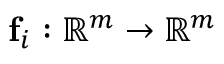
\mathbf { f } _ { i } : \mathbb { R } ^ { m } \rightarrow \mathbb { R } ^ { m }